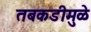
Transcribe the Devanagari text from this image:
तबकडीमुळे